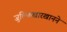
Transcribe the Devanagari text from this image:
जुल्फिखारखानने